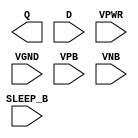
module sky130_fd_sc_hd__lpflow_inputisolatch (
    Q      ,
    D      ,
    SLEEP_B,
    VPWR   ,
    VGND   ,
    VPB    ,
    VNB
);

    output Q      ;
    input  D      ;
    input  SLEEP_B;
    input  VPWR   ;
    input  VGND   ;
    input  VPB    ;
    input  VNB    ;
endmodule